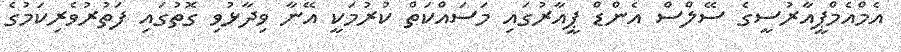
އެމްއެމްޕީއާރުސީގެ ސޭލްސް އެންޑް ޕީއާރުގައި މަސައްކަތް ކުރުމަކީ އޭނާ ވިދާޅުވި ގޮތުގައި ފަތުރުވެރިކަމުގެ